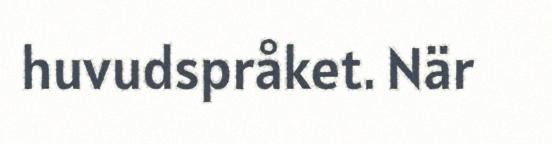
huvudspråket. När